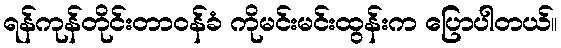
ရန်ကုန်တိုင်းတာဝန်ခံ ကိုမင်းမင်းထွန်းက ပြောပါတယ်။